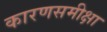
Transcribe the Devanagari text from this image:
कारणसमीक्षा